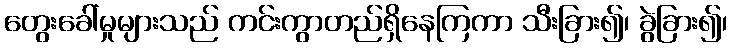
တွေးခေါ်မှုများသည် ကင်းကွာတည်ရှိနေကြကာ သီးခြား၍၊ ခွဲခြား၍၊